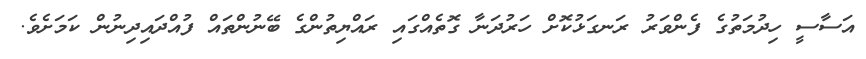
އަސާސީ ހިދުމަތުގެ ފެންވަރު ރަނގަޅުކޮށް ހަރުދަނާ ގޮތެއްގައި ރައްޔިތުންގެ ބޭނުންތައް ފުއްދައިދިނުން ކަމަށެވެ.